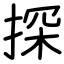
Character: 探